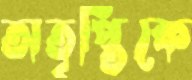
অতৃপ্তিকে